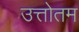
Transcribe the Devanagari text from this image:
उत्तोतम